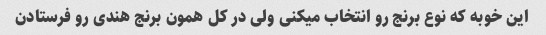
این خوبه که نوع برنج رو انتخاب میکنى ولى در کل همون برنج هندى رو فرستادن